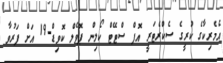
އެމެރިކާގެ ކުރީގެ ސެކްރެޓަރީ އޮފް ސްޓޭޓް ކޯލިން ޕޮވެލް ކޮވިޑް-19 އަށް ފަރުވާ